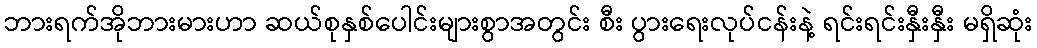
ဘားရက်အိုဘားမားဟာ ဆယ်စုနှစ်ပေါင်းများစွာအတွင်း စီး ပွားရေးလုပ်ငန်းနဲ့ ရင်းရင်းနှီးနှီး မရှိဆုံး